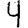
Digit: 4